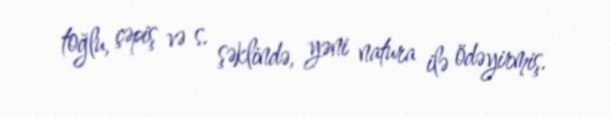
toğlu, çəpiş və s. şəklində, yəni natura ilə ödəyirmiş.